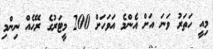
މިއީ ހަތަރު ވަނަ އަށް އެންމެ އަވަހަށް 200 މީޓަރުގެ ރޭހެއް ނިންމި